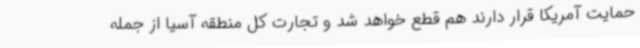
حمایت آمریکا قرار دارند هم قطع خواهد شد و تجارت کل منطقه آسیا از جمله